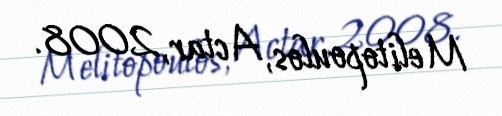
Melitopoulos, Actar, 2008.